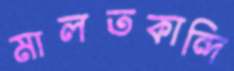
মালতকান্দি